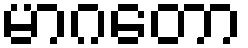
မာဂတော